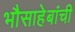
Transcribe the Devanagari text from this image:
भौसाहेबांची